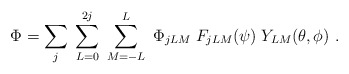
\begin{align*}\Phi = \sum_j \; \sum_{L=0}^{2j}\; \sum_{ M=-L}^L \; \Phi_{jLM}\; F_{jLM}(\psi)\; Y_{LM}(\theta,\phi)\ .\end{align*}